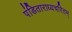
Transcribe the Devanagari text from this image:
पंडिताराध्यचरितम्